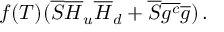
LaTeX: f ( T ) ( \overline { { { S } } } \overline { { { H } } } _ { u } \overline { { { H } } } _ { d } + \overline { { { S } } } \overline { { { g ^ { c } } } } \overline { { { g } } } ) \, .